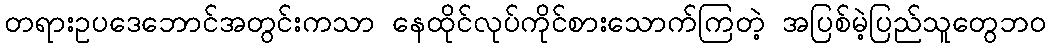
တရားဥပဒေဘောင်အတွင်းကသာ နေထိုင်လုပ်ကိုင်စားသောက်ကြတဲ့ အပြစ်မဲ့ပြည်သူတွေဘဝ